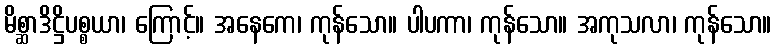
မိစ္ဆာဒိဋ္ဌိပစ္စယာ၊ ကြောင့်။ အနေကေ၊ ကုန်သော။ ပါပကာ၊ ကုန်သော။ အကုသလာ၊ ကုန်သော။